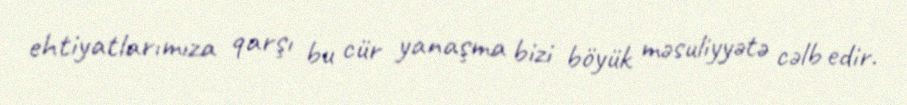
ehtiyatlarımıza qarşı bu cür yanaşma bizi böyük məsuliyyətə cəlb edir.